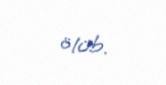
ölüb.